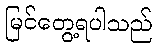
မြင်တွေ့ရပါသည်